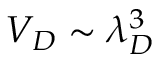
V _ { D } \sim \lambda _ { D } ^ { 3 }